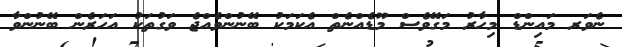
ނެވަރ މައިންޑް މިހާރު މަގޭވެސް މޫޑެއްނެތް އެކަމަކު ބޭނުންވެއްޖެ ވަގުތަކު އަހަރެން ބޭނުންވާ